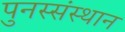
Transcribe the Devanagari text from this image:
पुनस्संस्थान